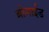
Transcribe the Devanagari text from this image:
ब्रोमाईड